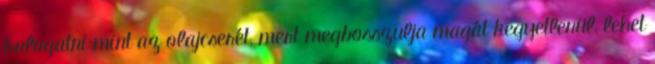
halogatni mint az olajcserét, mert megbosszulja magát kegyetlenül, lehet